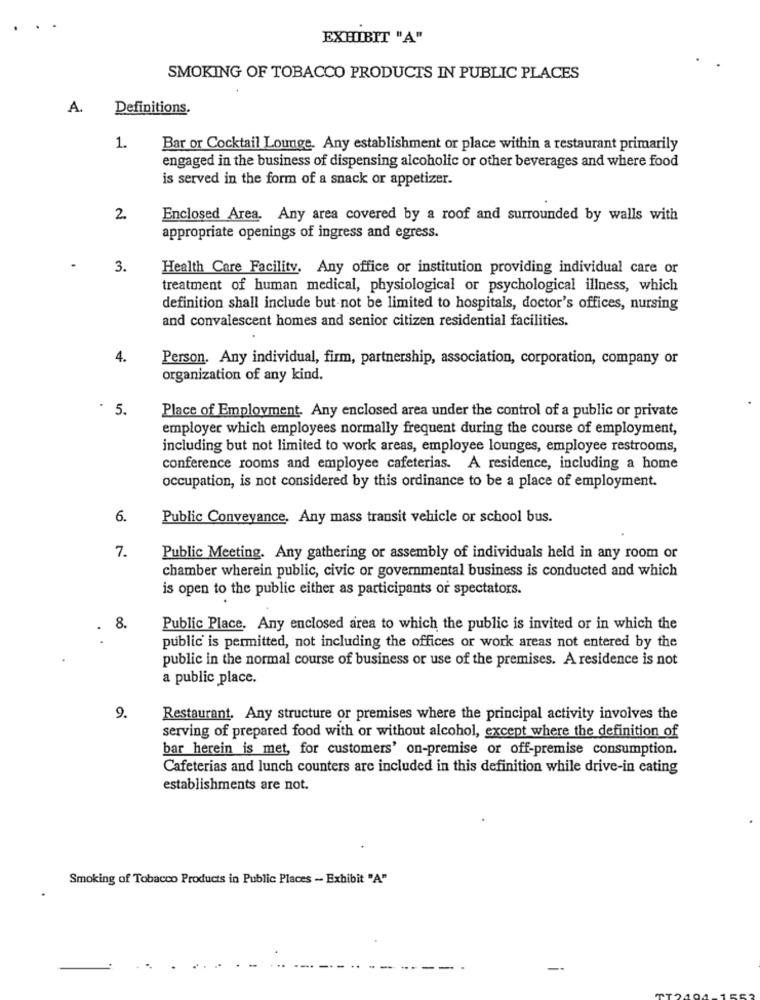
. .
EXHIBIT "A"
SMOKING OF TOBACCO PRODUCTS IN PUBLIC PLACES
A.
Definitions.
1.
Bar or Cocktail Lounge. Any establishment or place within a restaurant primarily
engaged in the business of dispensing alcoholic or other beverages and where food
is served in the form of a snack or appetizer.
2.
Enclosed Area. Any area covered by a roof and surrounded by walls with
appropriate openings of ingress and egress.
3.
Health Care Facility. Any office or institution providing individual care or
treatment of human medical, physiological or psychological illness, which
definition shall include but not be limited to hospitals, doctor's offices, nursing
and convalescent homes and senior citizen residential facilities.
4.
Person. Any individual, firm, partnership, association, corporation, company or
organization of any kind.
. 5.
Place of Employment. Any enclosed area under the control of a public or private
employer which employees normally frequent during the course of employment,
including but not limited to work areas, employee lounges, employee restrooms,
conference rooms and employee cafeterias. A residence, including a home
occupation, is not considered by this ordinance to be a place of employment.
6.
Public Conveyance. Any mass transit vehicle or school bus.
7.
Public Meeting. Any gathering or assembly of individuals held in any room or
chamber wherein public, civic or governmental business is conducted and which
is open to the public either as participants or spectators.
8.
Public Place. Any enclosed area to which the public is invited or in which the
public is permitted, not including the offices or work areas not entered by the
public in the normal course of business or use of the premises. A residence is not
a public place.
9.
Restaurant. Any structure or premises where the principal activity involves the
serving of prepared food with or without alcohol, except where the definition of
bar herein is met, for customers' on-premise or off-premise consumption.
Cafeterias and lunch counters are included in this definition while drive-in cating
establishments are not.
Smoking of Tobacco Products in Public Places - Exhibit "A"